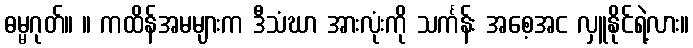
ဓမ္မဂုတ်။ ။ ကထိန်အမများက ဒီသံဃာ အားလုံးကို သင်္ကန်း အစေ့အင လှူနိုင်ရဲ့လား။